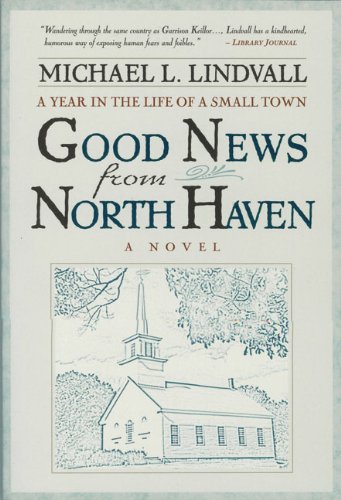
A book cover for The Good News From North Haven: A Year in the Life of a Small Town; Michael L. Lindvall; Christian Books & Bibles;